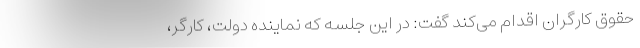
حقوق کارگران اقدام می‌کند گفت: در این جلسه که نماینده دولت، کارگر،